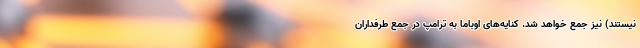
نیستند) نیز جمع خواهد شد. کنایه‌های اوباما به ترامپ در جمع طرفداران